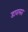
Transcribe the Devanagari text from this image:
डावलत